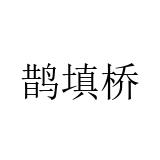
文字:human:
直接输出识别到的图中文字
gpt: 鹊填桥